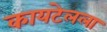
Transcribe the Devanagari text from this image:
कायटेलला